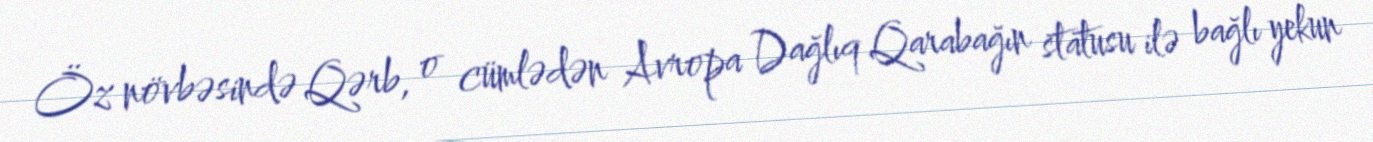
Öz növbəsində Qərb, o cümlədən Avropa Dağlıq Qarabağın statusu ilə bağlı yekun